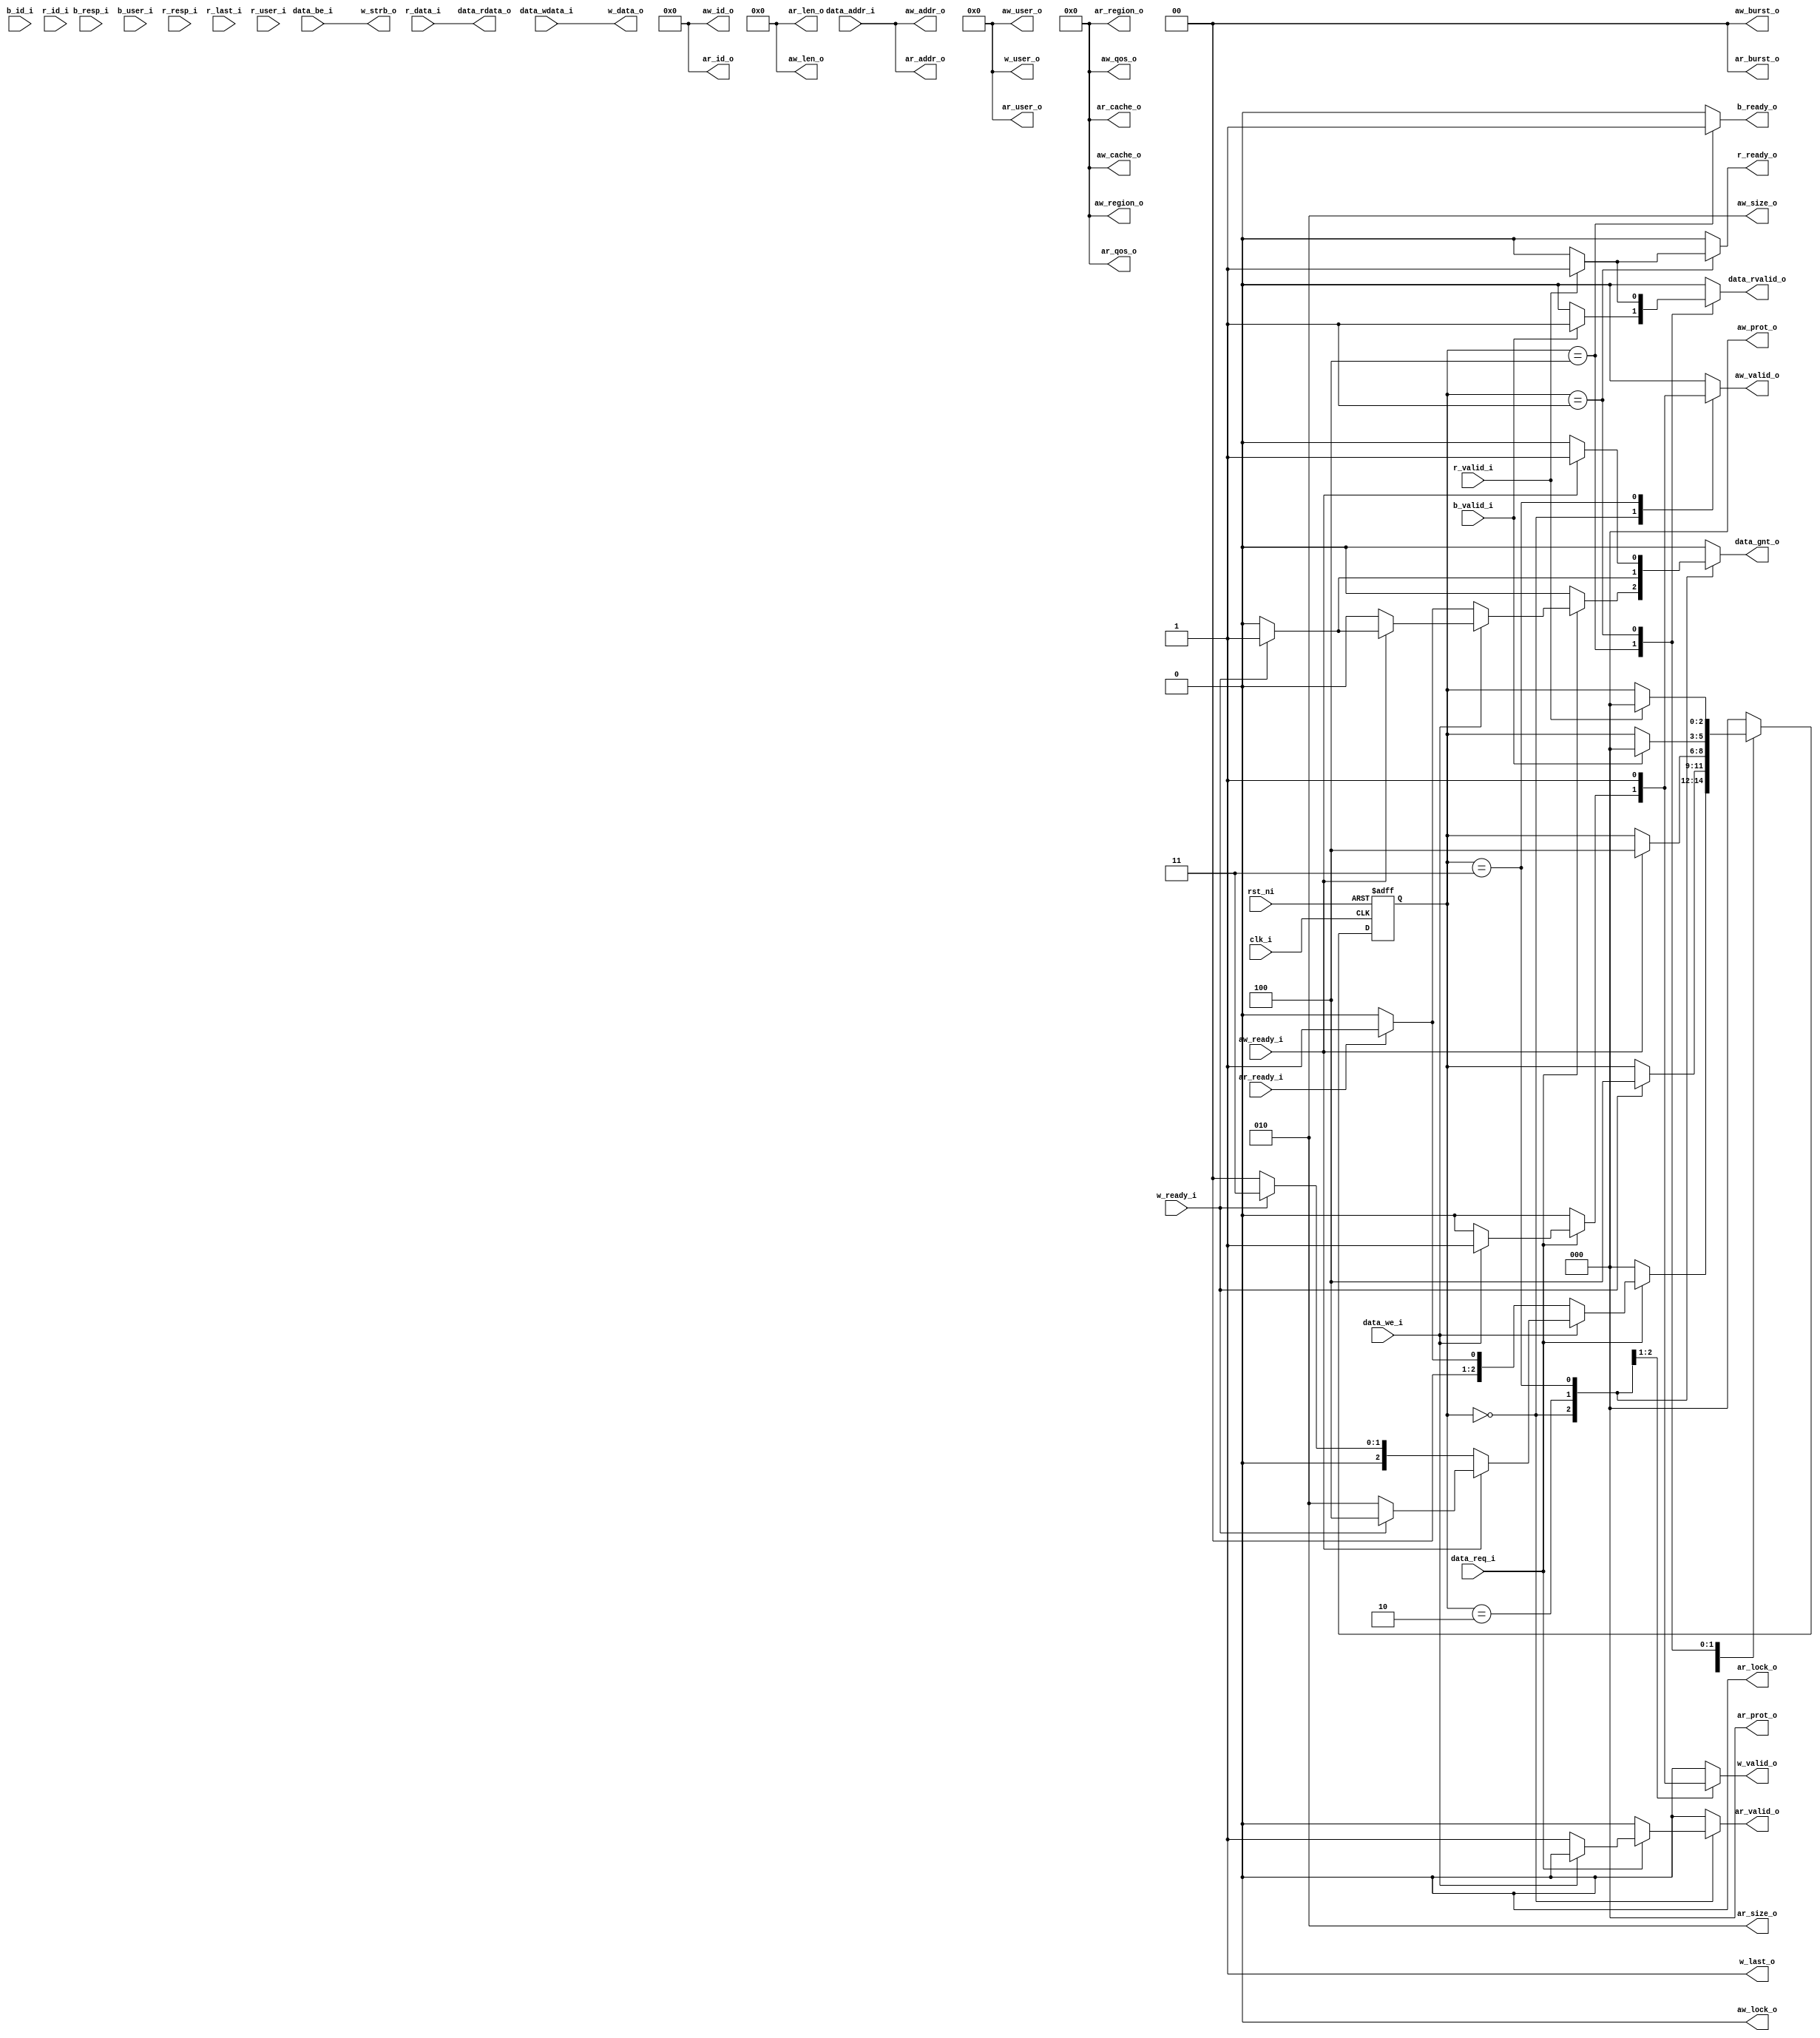
module core2axi 
#(
    parameter AXI4_ADDRESS_WIDTH = 32,
    parameter AXI4_RDATA_WIDTH   = 32,
    parameter AXI4_WDATA_WIDTH   = 32,
    parameter AXI4_ID_WIDTH      = 16,
    parameter AXI4_USER_WIDTH    = 10,
    parameter REGISTERED_GRANT   = "FALSE"           // "TRUE"|"FALSE"
)
(
	clk_i,
	rst_ni,
	data_req_i,
	data_gnt_o,
	data_rvalid_o,
	data_addr_i,
	data_we_i,
	data_be_i,
	data_rdata_o,
	data_wdata_i,
	aw_id_o,
	aw_addr_o,
	aw_len_o,
	aw_size_o,
	aw_burst_o,
	aw_lock_o,
	aw_cache_o,
	aw_prot_o,
	aw_region_o,
	aw_user_o,
	aw_qos_o,
	aw_valid_o,
	aw_ready_i,
	w_data_o,
	w_strb_o,
	w_last_o,
	w_user_o,
	w_valid_o,
	w_ready_i,
	b_id_i,
	b_resp_i,
	b_valid_i,
	b_user_i,
	b_ready_o,
	ar_id_o,
	ar_addr_o,
	ar_len_o,
	ar_size_o,
	ar_burst_o,
	ar_lock_o,
	ar_cache_o,
	ar_prot_o,
	ar_region_o,
	ar_user_o,
	ar_qos_o,
	ar_valid_o,
	ar_ready_i,
	r_id_i,
	r_data_i,
	r_resp_i,
	r_last_i,
	r_user_i,
	r_valid_i,
	r_ready_o
);
	//parameter AXI4_ADDRESS_WIDTH = 32;
	//parameter AXI4_RDATA_WIDTH = 32;
	//parameter AXI4_WDATA_WIDTH = 32;
	//parameter AXI4_ID_WIDTH = 16;
	//parameter AXI4_USER_WIDTH = 10;
	//parameter REGISTERED_GRANT = "FALSE";
	input wire clk_i;
	input wire rst_ni;
	input wire data_req_i;
	output wire data_gnt_o;
	output wire data_rvalid_o;
	input wire [AXI4_ADDRESS_WIDTH - 1:0] data_addr_i;
	input wire data_we_i;
	input wire [3:0] data_be_i;
	output wire [31:0] data_rdata_o;
	input wire [31:0] data_wdata_i;
	output wire [AXI4_ID_WIDTH - 1:0] aw_id_o;
	output wire [AXI4_ADDRESS_WIDTH - 1:0] aw_addr_o;
	output wire [7:0] aw_len_o;
	output wire [2:0] aw_size_o;
	output wire [1:0] aw_burst_o;
	output wire aw_lock_o;
	output wire [3:0] aw_cache_o;
	output wire [2:0] aw_prot_o;
	output wire [3:0] aw_region_o;
	output wire [AXI4_USER_WIDTH - 1:0] aw_user_o;
	output wire [3:0] aw_qos_o;
	output reg aw_valid_o;
	input wire aw_ready_i;
	output wire [AXI4_WDATA_WIDTH - 1:0] w_data_o;
	output wire [(AXI4_WDATA_WIDTH / 8) - 1:0] w_strb_o;
	output wire w_last_o;
	output wire [AXI4_USER_WIDTH - 1:0] w_user_o;
	output reg w_valid_o;
	input wire w_ready_i;
	input wire [AXI4_ID_WIDTH - 1:0] b_id_i;
	input wire [1:0] b_resp_i;
	input wire b_valid_i;
	input wire [AXI4_USER_WIDTH - 1:0] b_user_i;
	output reg b_ready_o;
	output wire [AXI4_ID_WIDTH - 1:0] ar_id_o;
	output wire [AXI4_ADDRESS_WIDTH - 1:0] ar_addr_o;
	output wire [7:0] ar_len_o;
	output wire [2:0] ar_size_o;
	output wire [1:0] ar_burst_o;
	output wire ar_lock_o;
	output wire [3:0] ar_cache_o;
	output wire [2:0] ar_prot_o;
	output wire [3:0] ar_region_o;
	output wire [AXI4_USER_WIDTH - 1:0] ar_user_o;
	output wire [3:0] ar_qos_o;
	output reg ar_valid_o;
	input wire ar_ready_i;
	input wire [AXI4_ID_WIDTH - 1:0] r_id_i;
	input wire [AXI4_RDATA_WIDTH - 1:0] r_data_i;
	input wire [1:0] r_resp_i;
	input wire r_last_i;
	input wire [AXI4_USER_WIDTH - 1:0] r_user_i;
	input wire r_valid_i;
	output reg r_ready_o;
	reg [2:0] CS;
	reg [2:0] NS;
	wire [31:0] rdata;
	reg valid;
	reg granted;
	always @(*) begin
		NS = CS;
		granted = 1'b0;
		valid = 1'b0;
		aw_valid_o = 1'b0;
		ar_valid_o = 1'b0;
		r_ready_o = 1'b0;
		w_valid_o = 1'b0;
		b_ready_o = 1'b0;
		case (CS)
			3'd0:
				if (data_req_i) begin
					if (data_we_i) begin
						aw_valid_o = 1'b1;
						w_valid_o = 1'b1;
						if (aw_ready_i) begin
							if (w_ready_i) begin
								granted = 1'b1;
								NS = 3'd4;
							end
							else
								NS = 3'd2;
						end
						else if (w_ready_i)
							NS = 3'd3;
						else
							NS = 3'd0;
					end
					else begin
						ar_valid_o = 1'b1;
						if (ar_ready_i) begin
							granted = 1'b1;
							NS = 3'd1;
						end
						else
							NS = 3'd0;
					end
				end
				else
					NS = 3'd0;
			3'd2: begin
				w_valid_o = 1'b1;
				if (w_ready_i) begin
					granted = 1'b1;
					NS = 3'd4;
				end
			end
			3'd3: begin
				aw_valid_o = 1'b1;
				if (aw_ready_i) begin
					granted = 1'b1;
					NS = 3'd4;
				end
			end
			3'd4: begin
				b_ready_o = 1'b1;
				if (b_valid_i) begin
					valid = 1'b1;
					NS = 3'd0;
				end
			end
			3'd1:
				if (r_valid_i) begin
					valid = 1'b1;
					r_ready_o = 1'b1;
					NS = 3'd0;
				end
			default: NS = 3'd0;
		endcase
	end
	always @(posedge clk_i or negedge rst_ni)
		if (~rst_ni)
			CS <= 3'd0;
		else
			CS <= NS;
	generate
		if (AXI4_RDATA_WIDTH == 32) begin : genblk1
			assign rdata = r_data_i[31:0];
		end
		else if (AXI4_RDATA_WIDTH == 64) begin : genblk1
			reg [0:0] addr_q;
			always @(posedge clk_i or negedge rst_ni)
				if (~rst_ni)
					addr_q <= 1'sb0;
				else if (data_gnt_o)
					addr_q <= data_addr_i[2:2];
			assign rdata = (addr_q[0] ? r_data_i[63:32] : r_data_i[31:0]);
		end
		else begin : genblk1
			initial $error("AXI4_WDATA_WIDTH has an invalid value");
		end
	endgenerate
	genvar w;
	generate
		for (w = 0; w < (AXI4_WDATA_WIDTH / 32); w = w + 1) begin : genblk2
			assign w_data_o[(w * 32) + 31:w * 32] = data_wdata_i;
		end
		if (AXI4_WDATA_WIDTH == 32) begin : genblk3
			assign w_strb_o = data_be_i;
		end
		else if (AXI4_WDATA_WIDTH == 64) begin : genblk3
			assign w_strb_o = (data_addr_i[2] ? {data_be_i, 4'b0000} : {4'b0000, data_be_i});
		end
		else begin : genblk3
			initial $error("AXI4_WDATA_WIDTH has an invalid value");
		end
	endgenerate
	assign aw_id_o = 1'sb0;
	assign aw_addr_o = data_addr_i;
	assign aw_size_o = 3'b010;
	assign aw_len_o = 1'sb0;
	assign aw_burst_o = 1'sb0;
	assign aw_lock_o = 1'sb0;
	assign aw_cache_o = 1'sb0;
	assign aw_prot_o = 1'sb0;
	assign aw_region_o = 1'sb0;
	assign aw_user_o = 1'sb0;
	assign aw_qos_o = 1'sb0;
	assign ar_id_o = 1'sb0;
	assign ar_addr_o = data_addr_i;
	assign ar_size_o = 3'b010;
	assign ar_len_o = 1'sb0;
	assign ar_burst_o = 1'sb0;
	assign ar_prot_o = 1'sb0;
	assign ar_region_o = 1'sb0;
	assign ar_lock_o = 1'sb0;
	assign ar_cache_o = 1'sb0;
	assign ar_qos_o = 1'sb0;
	assign ar_user_o = 1'sb0;
	assign w_last_o = 1'b1;
	assign w_user_o = 1'sb0;
	generate
		if (REGISTERED_GRANT == "TRUE") begin : genblk4
			reg valid_q;
			reg [31:0] rdata_q;
			always @(posedge clk_i or negedge rst_ni)
				if (~rst_ni) begin
					valid_q <= 1'b0;
					rdata_q <= 1'sb0;
				end
				else begin
					valid_q <= valid;
					if (valid)
						rdata_q <= rdata;
				end
			assign data_rdata_o = rdata_q;
			assign data_rvalid_o = valid_q;
			assign data_gnt_o = valid;
		end
		else begin : genblk4
			assign data_rdata_o = rdata;
			assign data_rvalid_o = valid;
			assign data_gnt_o = granted;
		end
	endgenerate
endmodule